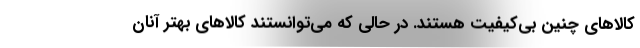
کالاهای چنین بی‌کیفیت هستند. در حالی که می‌توانستند کالاهای بهتر آنان